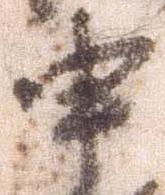
申